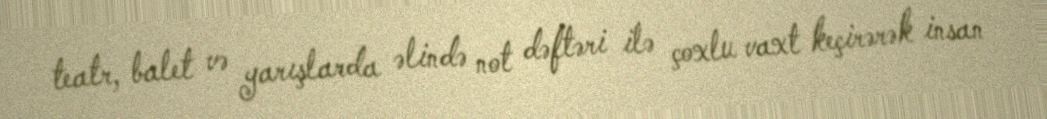
teatr, balet və yarışlarda əlində not dəftəri ilə çoxlu vaxt keçirərək insan